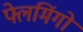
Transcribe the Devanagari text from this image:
फ्लेमिंगों